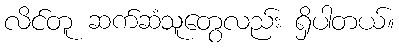
လိင်တူ ဆက်ဆံသူတွေလည်း ရှိပါတယ်။